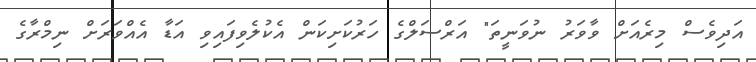
އަދިވެސް މިރެއަށް ވާވަރު ނުވަނީތަ" އަރްސަލްގެ ހަރުކަށިކަން އެކުލެވިފައިވި އަޑާ އެއްވަރަށް ނިމްރާގެ